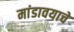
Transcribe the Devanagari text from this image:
मांडावयाचे